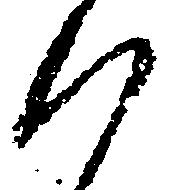
く